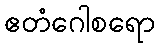
ဧတံဂေါစရော